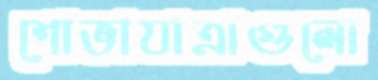
শোভাযাত্রাগুলো